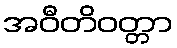
အဝီတိဝတ္တာ